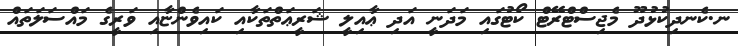
ނ.ކެނދިކުޅުދޫ މެޖިސްޓްރޭޓް ކޯޓުގައި މަދަނީ އަދި ޢާއިލީ ޝަރީޢަތްތަކާއި ކައިވެންޏާއި ވަރީގެ މައްސަލަތައް